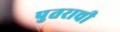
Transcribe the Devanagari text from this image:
पुतराची